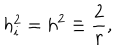
LaTeX: h _ { i } ^ { 2 } = h ^ { 2 } \equiv \frac { 2 } { r } ,